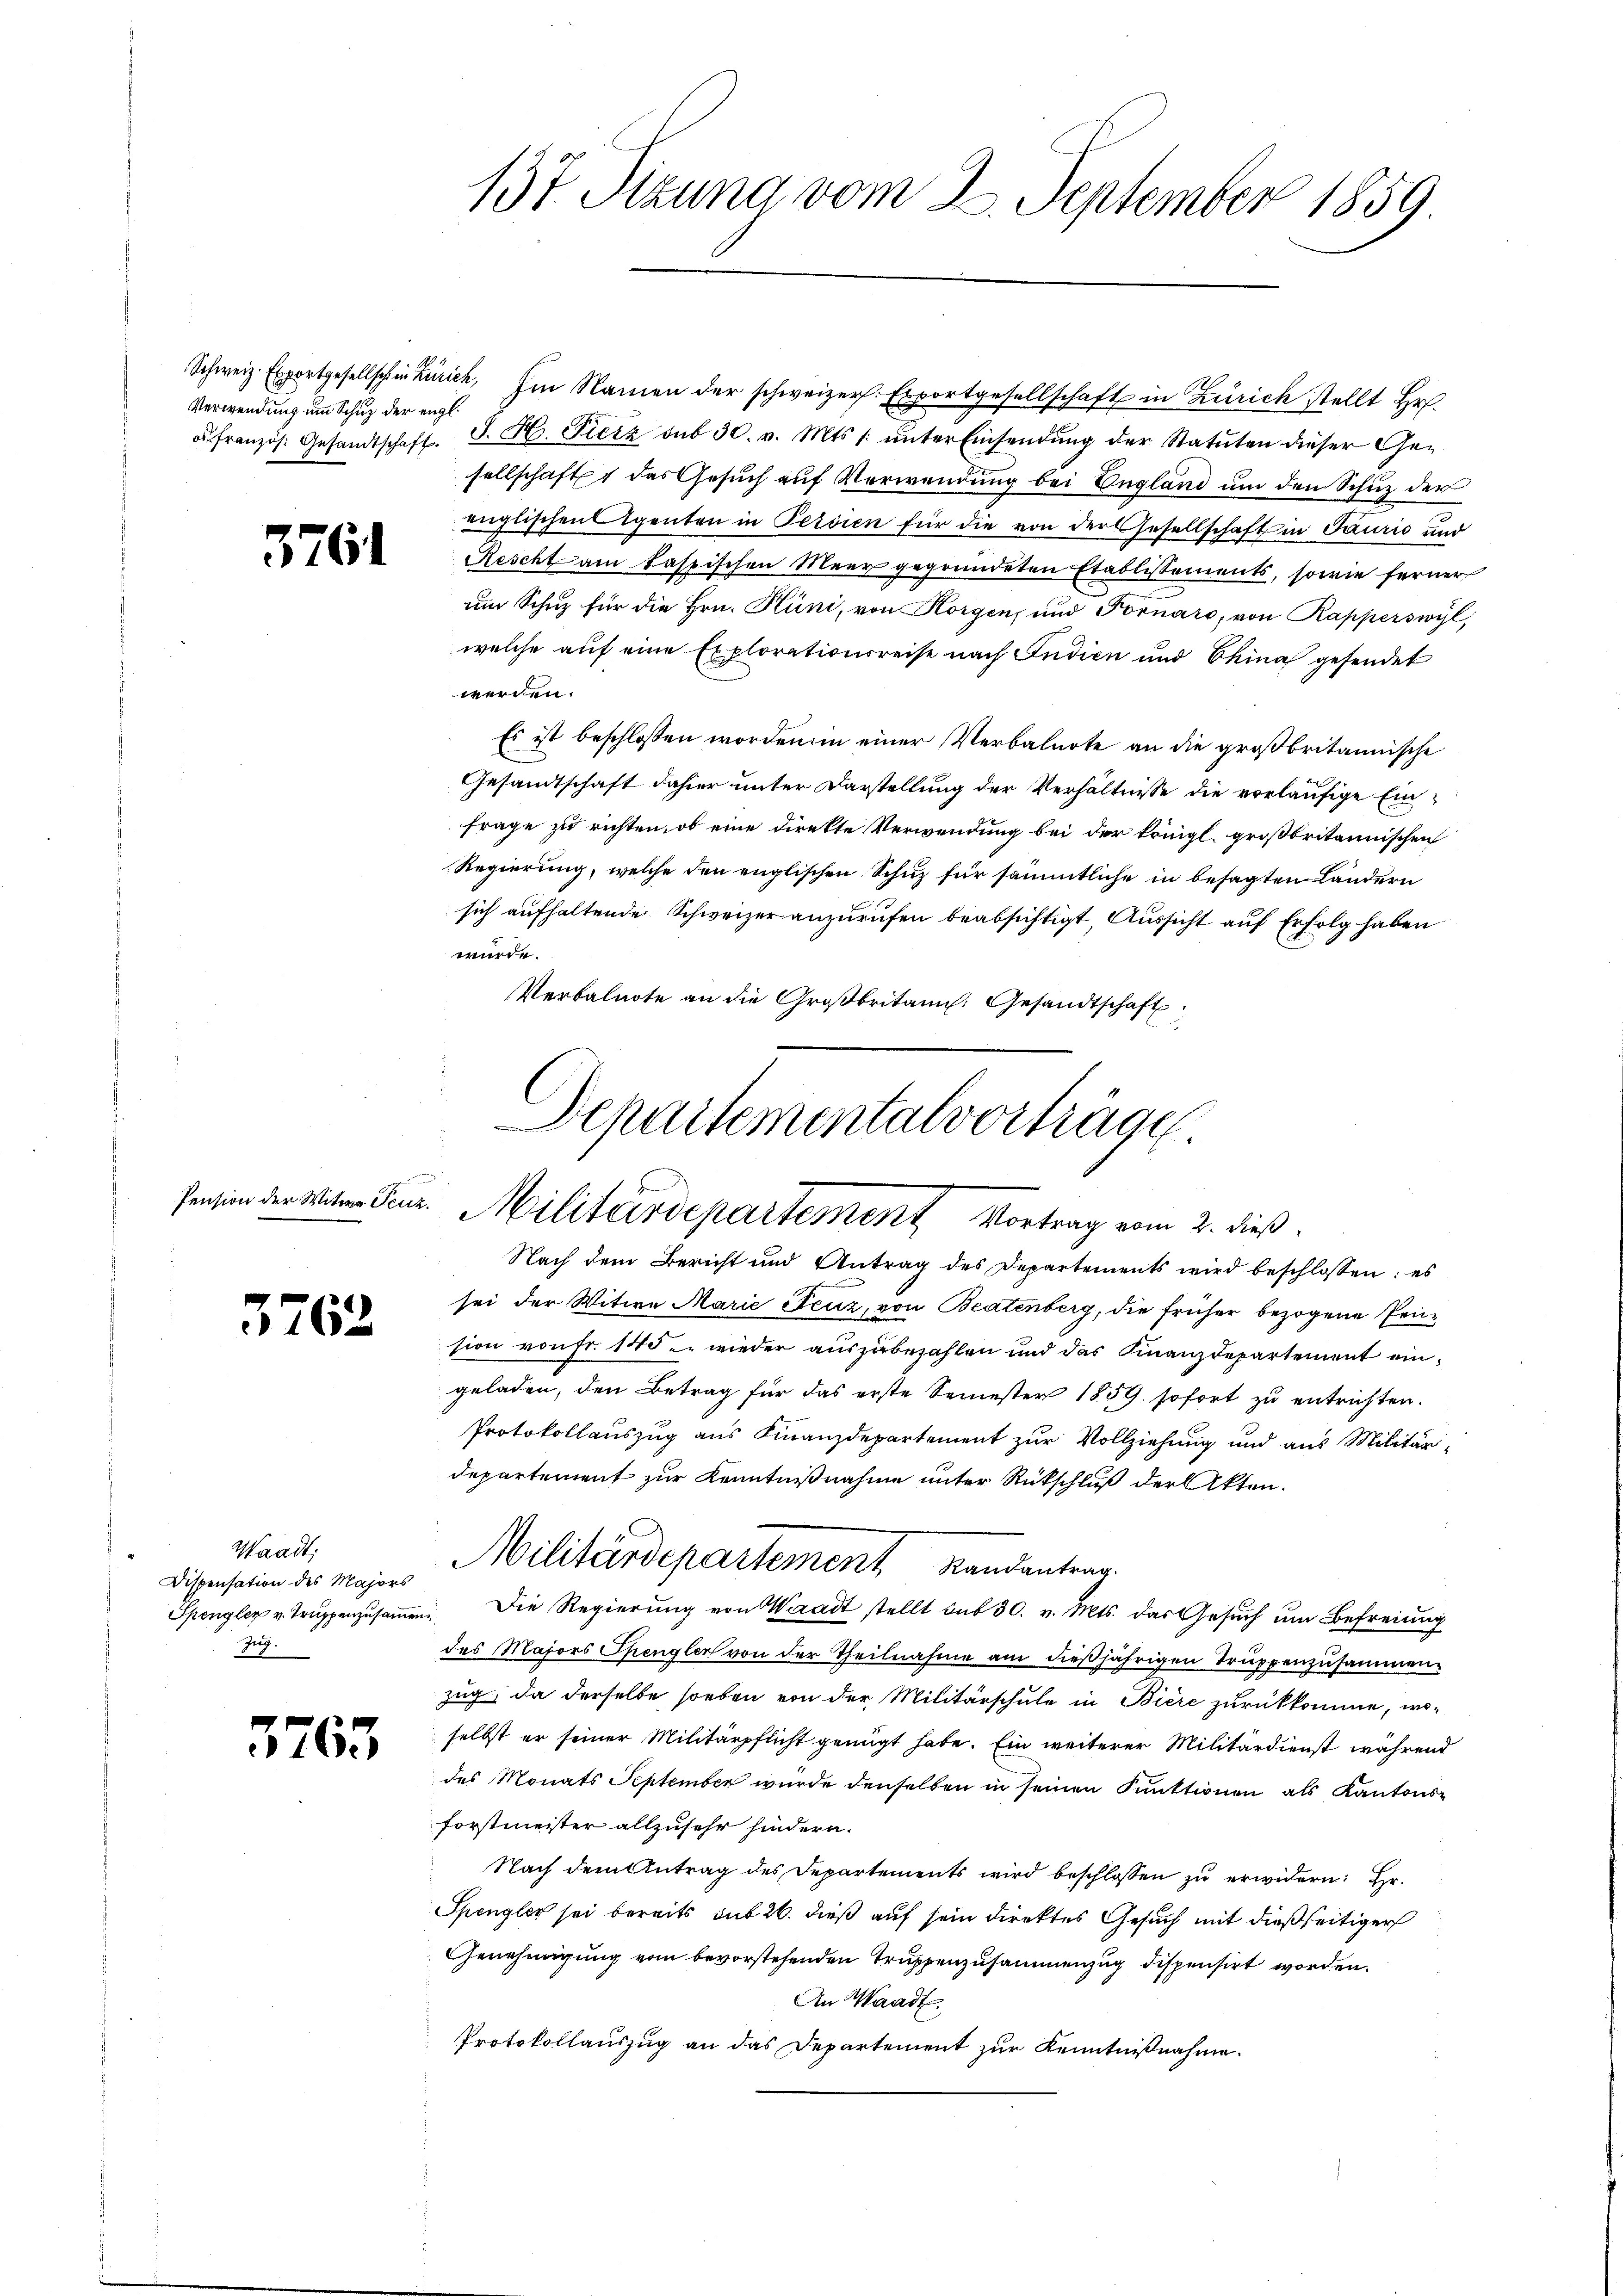
Verwendung um Schuz der engl.

3761

3762

Waadt:
Dispensation des Majors
Zug.

3763

Schweiz. Exportgesellschinzurich. Im Namen der schweizer. Exportgesellschaft in Zürich stellt Hr
 französ. Gesandtschaft. J. H. Fierz sub 30. v. Mts. s. ŭnter Einsendŭng der Statŭten dieser Ge-
sellschaft 1 das Gesuch auf Verwendung bei England um den Schuz der
inglischen Agenten in Ferdien für die von der Gesellschaft in Tauris und
Rescht am taspischen Meer gegründeten Etablissements, sowie ferner
um Schuz für die Hrn. Hüni, von Horgen, und Fornaro, von Rapperswyl,
welche auf eine Explorationsreise nach Indien und China gesendet
werden.
Es ist beschlossen worden in einer Verbalnote an die großbritannische
Gesandtschaft dahier unter Darstellung der Verhältnisse die vorläufige Einfrage zu richten, ob eine direkte Verwendung bei der königl. großbritannischen
Regierung, welche den englischen Schuz für sämmtliche in besagten Ländern
sich aufhaltende Schweizer anzurufen beabsichtigt, Aussicht auf Erfolg haben
würde.
Verbalnote an die Großbritain. Gesandtschaft
Departementalvorträge.

137. Sitzung vom 23. September 1859

Pention der Witwe Feuz. Militärdepartement Vortrag vom 2. dieß

Nach dem Bericht und Antrag des Departements wird beschlossen: es
sei der Witwe Marie Feuz, von Beatenberg, die früher bezogene Pension von fr. 140 u. wieder auszubezahlen und das Finanzdepartement eingeladen, den Betrag für das erste Semester 1859 sofort zu entrichten.
Protokollauszug aus Finanzdepartement zur Vollziehung und aus Militärdepartement zur Kenntnißnahme unter Rückschluß der Akten.
Spengler v. Truppenzusammen. Die Regierung von Waadt stellt sub 30. v. Mts. das Gesuch um Befreiung
des Majors Spengler von der Theilnahme am dießjährigen Truppenzusammen-
zug, da derselbe soeben von der Militärschule in Biere zurückkomme, woselbst er seiner Militärpflicht genügt habe. Ein weiterer Militärdienst während
des Monats September wurde denselben in seinen Punktionen als Kantons¬
Forstmeister allzusehr hindern.
Nach dem Antrag des Departements wird beschlossen zu erwidern: Hr.
Spengler sei bereits sub 26. dieß auf sein direktes Gesuch mit dießseitiger
Genehmigung vom bevorstehenden Truppenzusammenzug dispensirt worden.
An Waadt.
Protokollauszug an das Departement zur Kenntnißnahme.

Militärdepartement Kandantrag